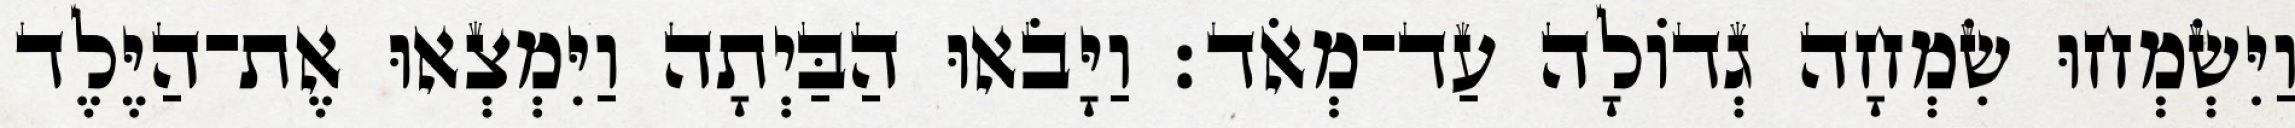
וַיִּשְׂמְחוּ שִׂמְחָה גְדוֹלָה עַד־מְאֹד׃ וַיָּבֹאוּ הַבַּיְתָה וַיִּמְצְאוּ אֶת־הַיֶּלֶד